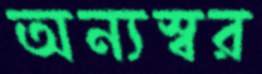
অন্যস্বর